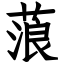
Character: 蒗